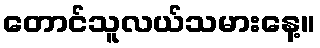
တောင်သူလယ်သမားနေ့။